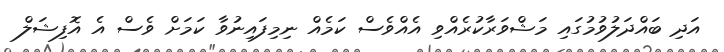
އަދި ބައްދަލުވުމުގައި މަޝްވަރާކުރެއްވި އެއްވެސް ކަމެއް ނިމިފައިނުވާ ކަމަށް ވެސް އެ އޮފިޝަލް